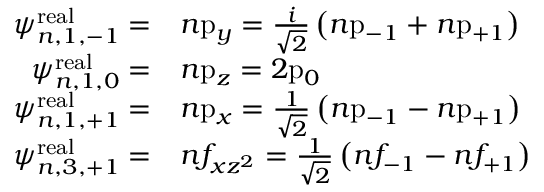
{ \begin{array} { r l } { \psi _ { n , 1 , - 1 } ^ { \mathrm { r e a l } } = } & { n { \mathrm { p } } _ { y } = { \frac { i } { \sqrt { 2 } } } \left( n { \mathrm { p } } _ { - 1 } + n { \mathrm { p } } _ { + 1 } \right) } \\ { \psi _ { n , 1 , 0 } ^ { \mathrm { r e a l } } = } & { n { \mathrm { p } } _ { z } = 2 { \mathrm { p } } _ { 0 } } \\ { \psi _ { n , 1 , + 1 } ^ { \mathrm { r e a l } } = } & { n { \mathrm { p } } _ { x } = { \frac { 1 } { \sqrt { 2 } } } \left( n { \mathrm { p } } _ { - 1 } - n { \mathrm { p } } _ { + 1 } \right) } \\ { \psi _ { n , 3 , + 1 } ^ { \mathrm { r e a l } } = } & { n f _ { x z ^ { 2 } } = { \frac { 1 } { \sqrt { 2 } } } \left( n f _ { - 1 } - n f _ { + 1 } \right) } \end{array} }